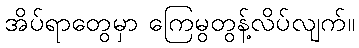
အိပ်ရာတွေမှာ ကြေမွတွန့်လိပ်လျက်။